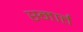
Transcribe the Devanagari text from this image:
स्मार्त्त